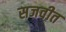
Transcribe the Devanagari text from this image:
सजवीत